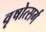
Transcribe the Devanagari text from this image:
वृषोत्सर्ग